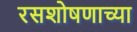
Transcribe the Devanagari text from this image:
रसशोषणाच्या